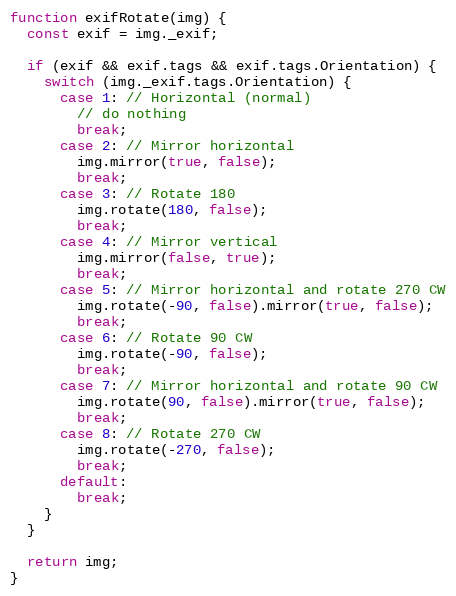
Language: JavaScript
function exifRotate(img) {
  const exif = img._exif;

  if (exif && exif.tags && exif.tags.Orientation) {
    switch (img._exif.tags.Orientation) {
      case 1: // Horizontal (normal)
        // do nothing
        break;
      case 2: // Mirror horizontal
        img.mirror(true, false);
        break;
      case 3: // Rotate 180
        img.rotate(180, false);
        break;
      case 4: // Mirror vertical
        img.mirror(false, true);
        break;
      case 5: // Mirror horizontal and rotate 270 CW
        img.rotate(-90, false).mirror(true, false);
        break;
      case 6: // Rotate 90 CW
        img.rotate(-90, false);
        break;
      case 7: // Mirror horizontal and rotate 90 CW
        img.rotate(90, false).mirror(true, false);
        break;
      case 8: // Rotate 270 CW
        img.rotate(-270, false);
        break;
      default:
        break;
    }
  }

  return img;
}